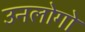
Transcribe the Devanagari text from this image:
उनलोगो